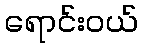
ရောင်းဝယ်